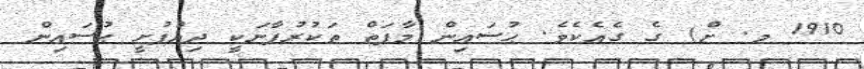
1910 މ. ށް) ގެ ގެއެކެވެ. ޙުސައިން މާފަތް ތަކުރުފާނަކީ ދިއްފުށީ ޙުސައިން